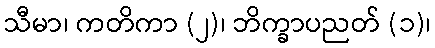
သီမာ၊ ကတိကာ (၂)၊ ဘိက္ခာပညတ် (၁)၊